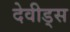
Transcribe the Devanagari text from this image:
देवीड्स